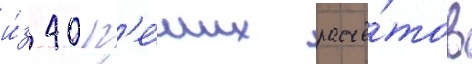
и́з 40 п'е́ших расчё́тов